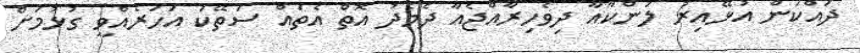
ދައްކަން އުޅޭއިރު ލަންކާއާ ދިވެހިރާއްޖެއާ ދެމެދު އޮތް އެތައް ސަތޭކަ އަހަރެއްވީ ގުޅުމަށް